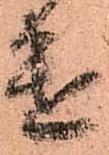
遣